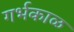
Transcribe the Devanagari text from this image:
गर्भकाळ